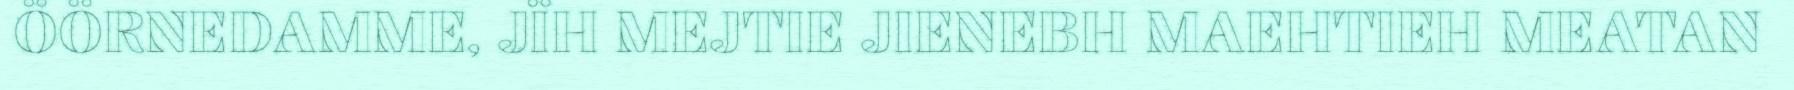
ÖÖRNEDAMME, JÏH MEJTIE JIENEBH MAEHTIEH MEATAN